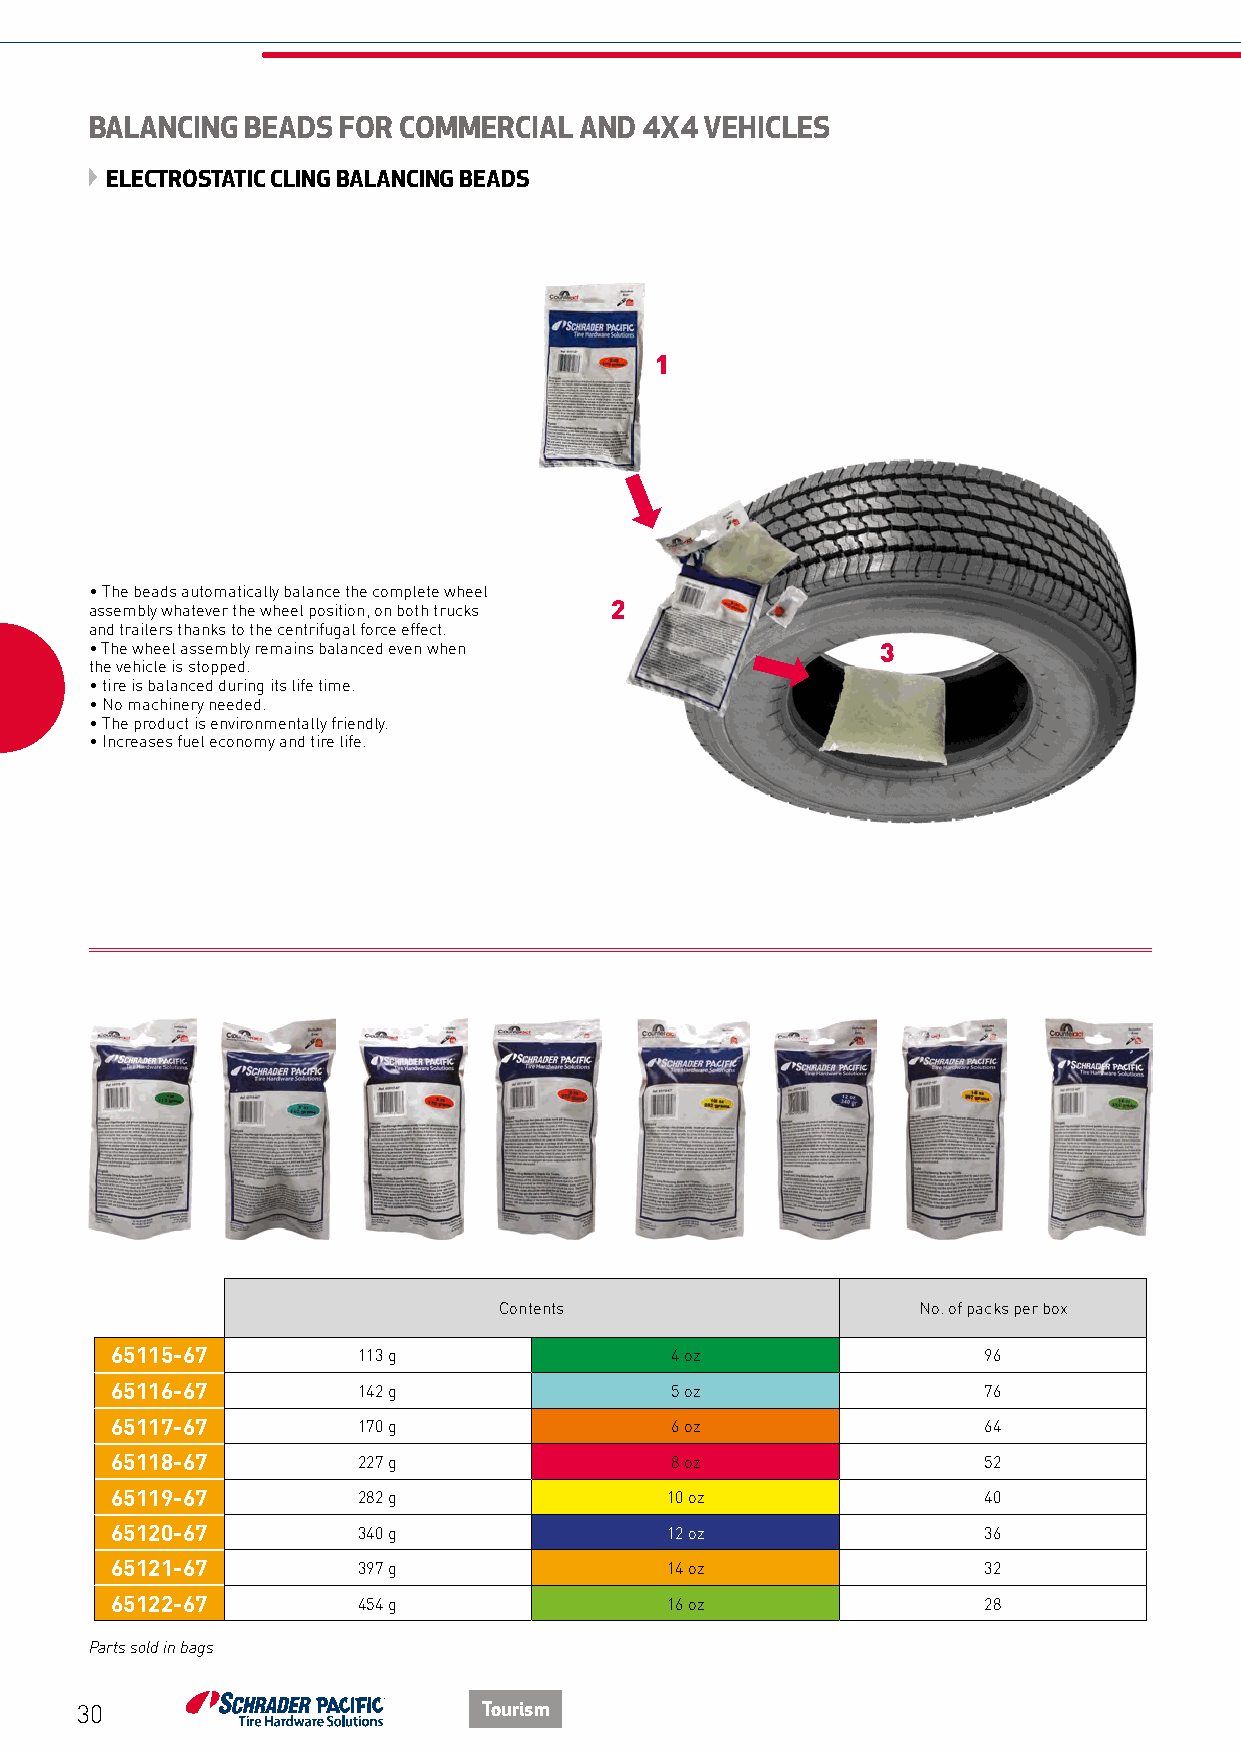
BALANCING BEADS FOR COMMERCIAL  AND 4X4  VEHICLES
 ELECTROSTATIC CLING BALANCING BEADS
 1
 • The beads automatically balance the complete wheel
 assembly whatever the wheel position, on both trucks 2
 and trailers thanks to the centrifugal force effect.
 • The wheel assembly remains balanced even when     3
 the vehicle is stopped.
 • tire is balanced during its life time.
 • No machinery needed.
 • The product is environmentally friendly.
 • Increases fuel economy and tire life.
 Contents                    No. of packs per box
 65115-67         113 g               4 oz                 96
 65116-67         142 g               5 oz                 76
 65117-67         170 g               6 oz                 64
 65118-67         227 g               8 oz                 52
 65119-67         282 g               10 oz                40
 65120-67         340 g               12 oz                36
 65121-67         397 g               14 oz                32
 65122-67         454 g               16 oz                28
 Parts sold in bags
 30                         Tourism